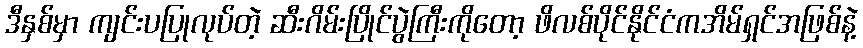
ဒီနှစ်မှာ ကျင်းပပြုလုပ်တဲ့ ဆီးဂိမ်းပြိုင်ပွဲကြီးကိုတော့ ဖိလစ်ပိုင်နိုင်ငံကအိမ်ရှင်အဖြစ်နဲ့